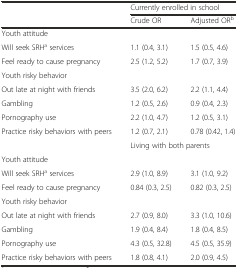
<table><thead><tr><td></td><td colspan="2"><b>Currently enrolled in school</b></td></tr><tr><td></td><td><b>Crude OR</b></td><td><b>Adjusted OR<sup>b</sup></b></td></tr></thead><tbody><tr><td>Youth attitude</td><td></td><td></td></tr><tr><td>Will seek SRH<sup>a</sup> services</td><td>1.1 (0.4, 3.1)</td><td>1.5 (0.5, 4.6)</td></tr><tr><td>Feel ready to cause pregnancy</td><td>2.5 (1.2, 5.2)</td><td>1.7 (0.7, 3.9)</td></tr><tr><td>Youth risky behavior</td><td></td><td></td></tr><tr><td>Out late at night with friends</td><td>3.5 (2.0, 6.2)</td><td>2.2 (1.1, 4.4)</td></tr><tr><td>Gambling</td><td>1.2 (0.5, 2.6)</td><td>0.9 (0.4, 2.3)</td></tr><tr><td>Pornography use</td><td>2.2 (1.0, 4.7)</td><td>1.2 (0.5, 3.1)</td></tr><tr><td>Practice risky behaviors with peers</td><td>1.2 (0.7, 2.1)</td><td>0.78 (0.42, 1.4)</td></tr><tr><td></td><td colspan="2">Living with both parents</td></tr><tr><td>Youth attitude</td><td></td><td></td></tr><tr><td>Will seek SRH<sup>a</sup> services</td><td>2.9 (1.0, 8.9)</td><td>3.1 (1.0, 9.2)</td></tr><tr><td>Feel ready to cause pregnancy</td><td>0.84 (0.3, 2.5)</td><td>0.82 (0.3, 2.5)</td></tr><tr><td>Youth risky behavior</td><td></td><td></td></tr><tr><td>Out late at night with friends</td><td>2.7 (0.9, 8.0)</td><td>3.3 (1.0, 10.6)</td></tr><tr><td>Gambling</td><td>1.9 (0.4, 8.4)</td><td>1.8 (0.4, 8.5)</td></tr><tr><td>Pornography use</td><td>4.3 (0.5, 32.8)</td><td>4.5 (0.5, 35.9)</td></tr><tr><td>Practice risky behaviors with peers</td><td>1.8 (0.8, 4.1)</td><td>2.0 (0.9, 4.5)</td></tr></tbody></table>